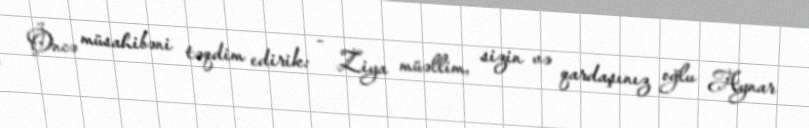
Öncə müsahibəni təqdim edirik: - Ziya müəllim, sizin və qardaşınız oğlu Aynar